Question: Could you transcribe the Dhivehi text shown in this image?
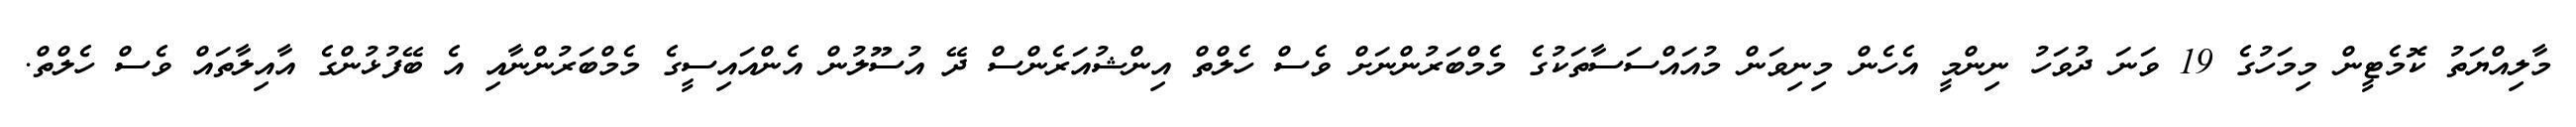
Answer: މާލިއްޔަތު ކޮމެޓީން މިމަހުގެ 19 ވަނަ ދުވަހު ނިންމީ އެހެން މިނިވަން މުއައްސަސާތަކުގެ މެމްބަރުންނަށް ވެސް ހެލްތް އިންޝުއަރެންސް ދޭ އުސޫލުން އެންއައިސީގެ މެމްބަރުންނާއި އެ ބޭފުޅުންގެ އާއިލާތައް ވެސް ހެލްތް.